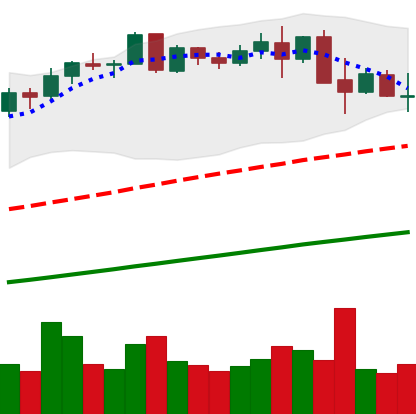
Ticker: BNB-USD
Chart end date: 2021-05-16
Forward return: -42.026%
Label: down_7plus